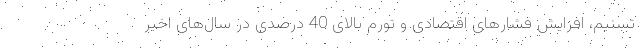
تسنیم،‌ افزایش فشارهای اقتصادی و تورم بالای 40 درصدی در سال‌های اخیر